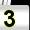
Digit: 3